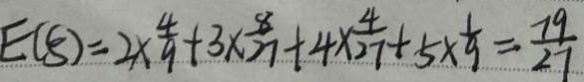
E ( 5 ) = 2 \times \frac { 4 } { 9 } + 3 \times \frac { 8 } { 2 7 } + 4 \times \frac { 4 } { 2 7 } + 5 \times \frac { 1 } { 9 } = \frac { 7 9 } { 2 7 }